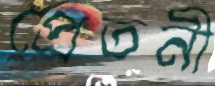
প্রেতনী